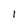
Character: 1